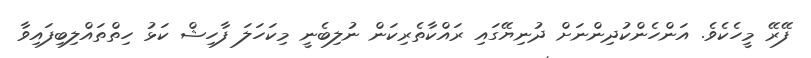
ފޭރޭ މީހެކެވެ. އަންހެންކުދިންނަށް ދުނިޔޭގައި ރައްކާތެރިކަން ނުލިބެނީ މިކަހަލަ ފާހިޝް ކަޅު ހިތްތައްލިބިފައިވާ